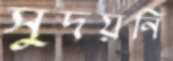
সুদয়নি